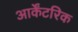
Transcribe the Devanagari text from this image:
आर्केंटरिक